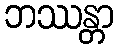
ဘဿန္တာ